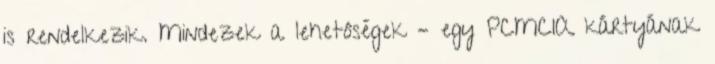
is rendelkezik. Mindezek a lehetôségek – egy PCMCIA kártyának